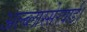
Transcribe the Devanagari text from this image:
अल्ब्लास्सेरवार्ड।